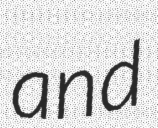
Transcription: and